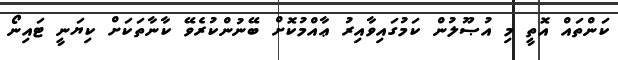
ކަންތައް އޮތީ މި އުޞޫލުން ކަމުގައިވާއިރު ޢާއްމުކޮށް ބޭނުންކުރެވޭ ކާނާތަކަށް ކިޔަނީ ޓައިނޯ